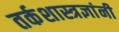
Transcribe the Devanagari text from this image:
तर्कशास्त्रज्ञांनी